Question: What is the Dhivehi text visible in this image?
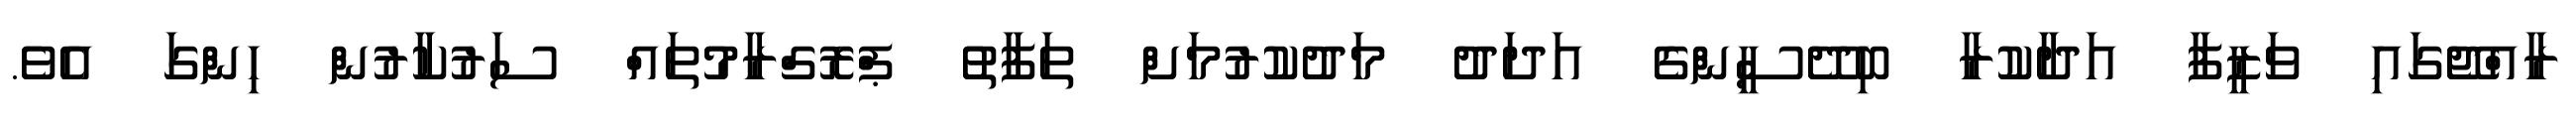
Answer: ރާއްޖޭގައި ވަޒީފާ އަދާކުރާ ބިދޭސީންގެ އަދަދު މަދުކުރުމަށް ތަފާތު ޕްރޮގްރާމުތައް ސަރުކާރުން ހިންގަ އެވެ.